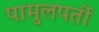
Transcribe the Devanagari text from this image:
पामुलपर्ती